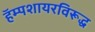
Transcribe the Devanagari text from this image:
हॅम्पशायरविरूद्ध